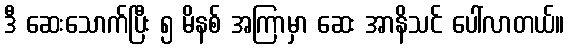
ဒီ ဆေးသောက်ပြီး ၅ မိနစ် အကြာမှာ ဆေး အာနိသင် ပေါ်လာတယ်။